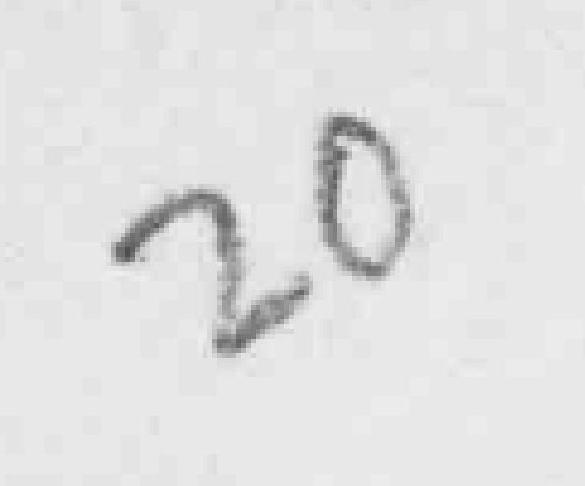
20